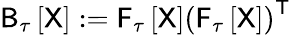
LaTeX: \mathsf{B}_{\tau}\left[\mathsf{X}\right]:={\sf F}_{\tau}\left[\sf X\right]\left(\mathsf{F}_{\tau}\left[\sf X\right]\right)^{\sf T}